画像に写った文字を読んでください
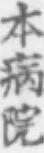
「本病院」と書いてあります